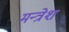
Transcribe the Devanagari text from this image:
मन्त्रेश